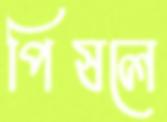
পিষলে